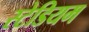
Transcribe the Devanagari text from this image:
स्‍टेडियम